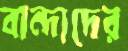
বান্দাদের